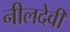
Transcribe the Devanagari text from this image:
नीलदेवी